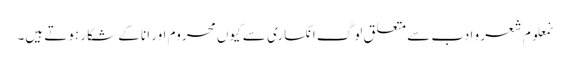
نمعلوم شعر و ادب سے متعلق لوگ انکساری سے کیوں محروم اور انا کے شکار ہوتے ہیں۔